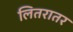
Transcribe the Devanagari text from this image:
लितरातर